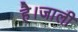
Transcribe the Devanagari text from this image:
है।जाली